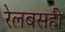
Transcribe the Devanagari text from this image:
रेलबसही